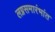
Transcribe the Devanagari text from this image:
लग्नसमारंभांत